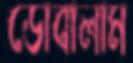
ডোবালাম